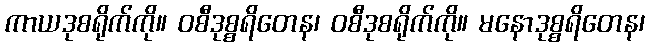
ကာယဒုစရိုက်ကို။ ဝစီဒုစ္စရိတေန၊ ဝစီဒုစရိုက်ကို။ မနောဒုစ္စရိတေန၊